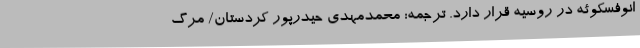
انوفسکوئه در روسیه قرار دارد. ترجمه: محمدمهدی حیدرپور کردستان/ مرگ